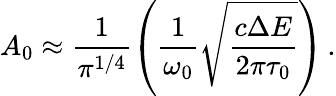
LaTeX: A_{0}\approx\frac{1}{\pi^{1/4}}{\left(\frac{1}{\omega_{0}}\sqrt{\frac{c\Delta E}{2\pi\tau_{0}}}\right)}\, .